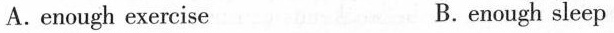
A.enough exercise B.enough sleep